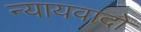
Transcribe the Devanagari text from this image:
न्यायवादों